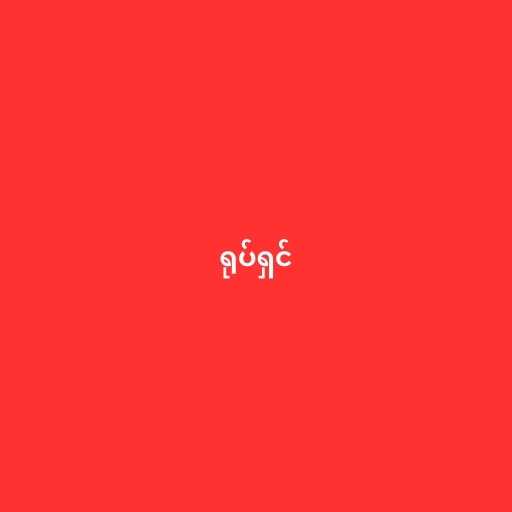
ရုပ်ရှင်